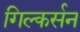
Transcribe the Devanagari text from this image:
गिल्कर्सन